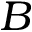
{ B }